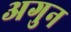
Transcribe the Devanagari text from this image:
अगुन